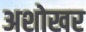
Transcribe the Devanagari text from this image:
अशोखर